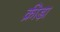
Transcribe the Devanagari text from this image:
क्रीडा़